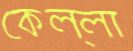
কেল্লা